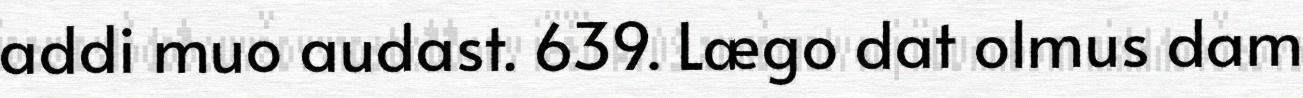
addi muo audast. 639. Lægo dat olmus dam